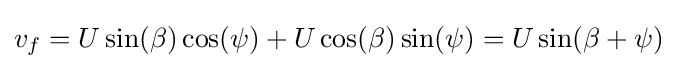
v_{f}=U\sin(\beta )\cos(\psi )+U\cos(\beta )\sin(\psi )=U\sin(\beta +\psi )